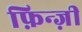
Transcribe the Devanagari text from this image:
फ़िन्ज़ी